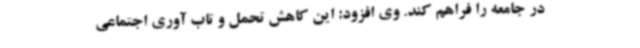
در جامعه را فراهم کند. وی افزود: این کاهش تحمل و تاب آوری اجتماعی